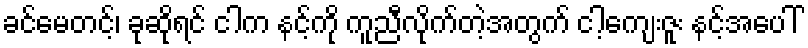
ခင်မေတင့်၊ ခုဆိုရင် ငါက နင့်ကို ကူညီလိုက်တဲ့အတွက် ငါ့ကျေးဇူး နင့်အပေါ်